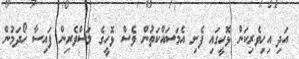
އަދި އިހިވެރިކަން ޅޮހީގައި ފެށި އެމަސައްކަތުން ވެސް ޅޮހީގެ މަސްވެރިން ފައިސާ ހޯދަމުން